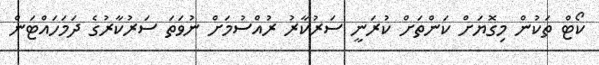
ކޯޓް ތަކުން މިގޮޔަށް ކަންތަށް ކުރަނީ ސަރުކާރު ރުއްސުމަށް ނުވަތަ ސަރުކާރުގެ ދަމަހައްޓަން